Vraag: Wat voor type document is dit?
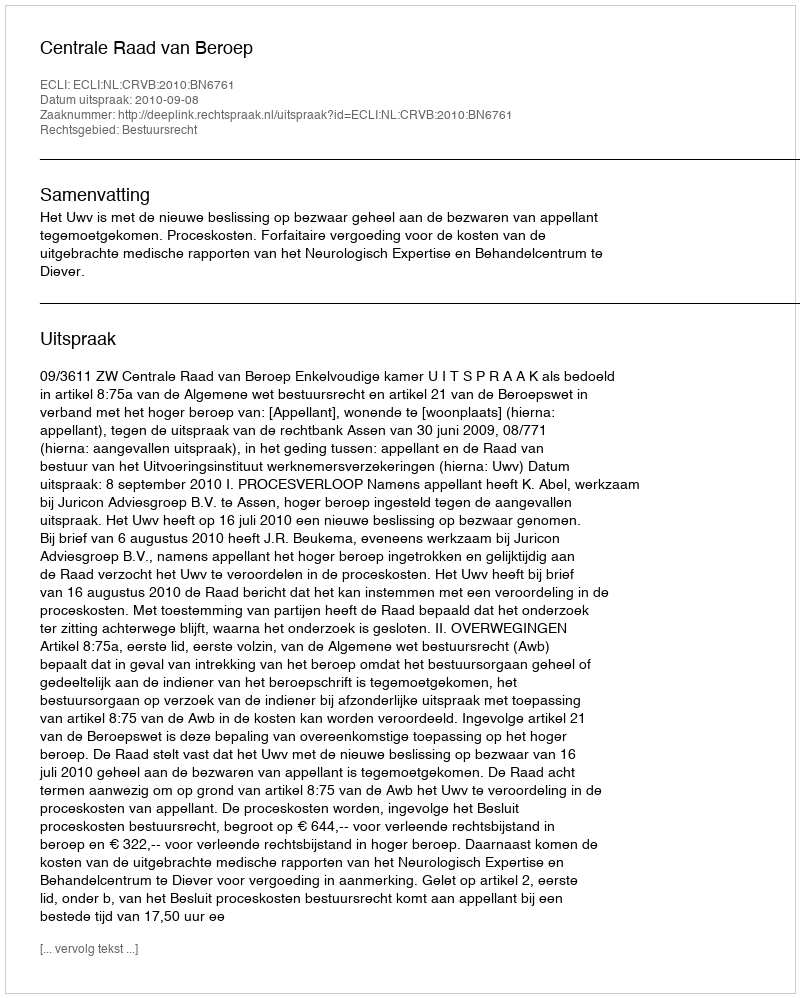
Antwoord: Uitspraak